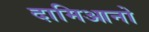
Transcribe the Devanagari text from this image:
दामिआनो